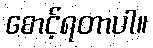
စောင့်ရတာပါ။